Indian journal of veterinary science and animal husbandry - Volumes 26-27, 1956-1957
Year: 1956
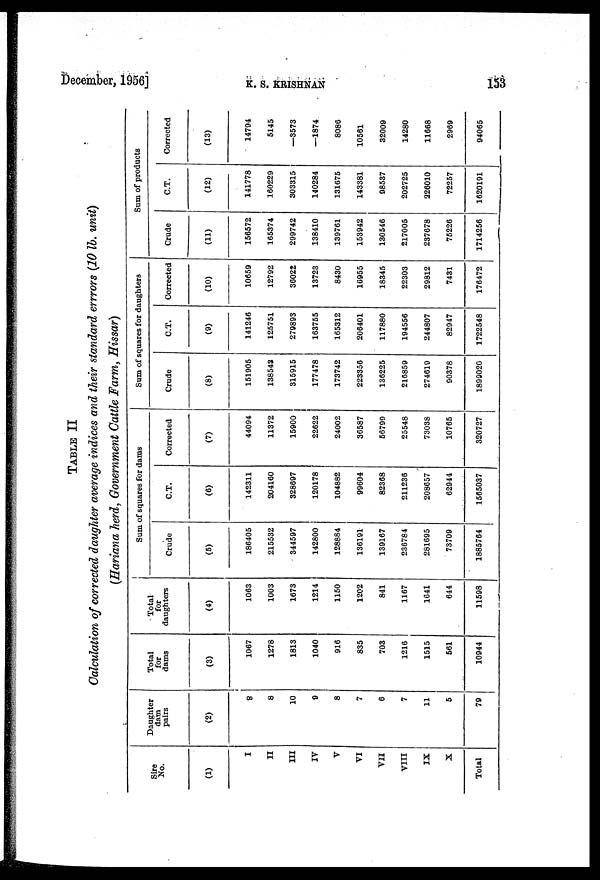
December, 1956]
K.
S.
KRISHNAN
153
TABLE II
Calculation of corrected daughter average indices and their standard errrors (10 lb. unit)
(Hariana herd, Government Cattle Farm, Hissar)
Sire
No.
(1)
I
II
III
IV
V
VI
VII
VIII
IX
X
Total
Daughter
dam
pairs
(2)
8
8
10
9
8
7
6
7
11
5
79
Total
for
dams
(3)
1067
1278
1813
1040
916
835
703
1216
1515
561
10944
Total
for
daughters
(4)
1063
1003
1673
1214
1150
1202
841
1167
1641
644
11598
Sum of squares for dams
Crude
(5)
186405
215532
344597
142800
128884
136191
139167
236784
281695
73709
1885764
C.T.
(6)
142311
204160
328697
120178
104882
99604
82368
211236
208657
62944
1565037
Corrected
(7)
44094
11372
15900
22622
24002
36587
56799
25548
73038
10765
320727
Sum of squares for daughters
Crude
(8)
151905
138543
315915
177478
173742
223356
136225
216859
274619
90378
1899020
C.T.
(9)
141246
125751
279893
163755
165312
206401
117880
194556
244807
82947
1722548
Corrected
(10)
10659
12792
36022
13723
8430
16955
18345
22303
29812
7431
176472
Sum of products
Crude
(11)
156572
165374
299742
138410
139761
153942
130546
217005
237678
75226
1714256
C.T.
(12)
141778
160229
303315
140284
131675
143381
98537
202725
226010
72257
1620191
Corrected
(13)
14794
5145
—3573
—1874
8086
10561
32009
14280
11668
2969
94065